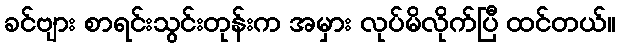
ခင်ဗျား စာရင်းသွင်းတုန်းက အမှား လုပ်မိလိုက်ပြီ ထင်တယ်။